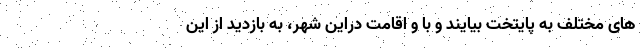
های مختلف به پایتخت بیایند و با و اقامت دراین شهر، به بازدید از این